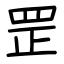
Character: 罡